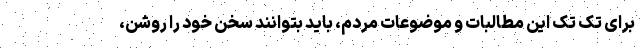
برای تک تک این مطالبات و موضوعات مردم، باید بتوانند سخن خود را روشن،